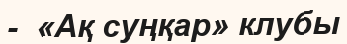
-  «Ақ суңқар» клубы